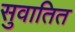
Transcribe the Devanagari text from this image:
सुवातित